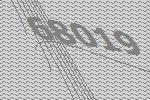
68019